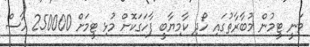
ވަނީ ޓީމުން މުބާރާތުގައި ހޯދި ކާމިޔާބީ ފާހަގަކޮށް މުޅި ޓީމަށް 250000 ހާސް